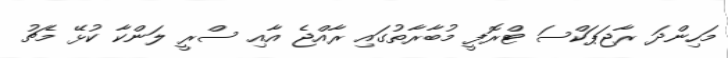
މަހިންދަ ރާޖަޕަކްސަ ޓްރޮފީ މުބާރާތުގައި ރާއްޖެ އާއި ސްރީ ލަންކާ ކުޅޭ މެޗު